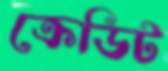
ক্রেডিট